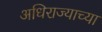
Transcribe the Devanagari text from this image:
अधिराज्याच्या